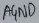
Text: AGND